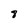
Character: 8